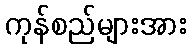
ကုန်စည်များအား